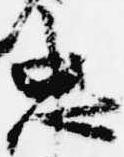
忠